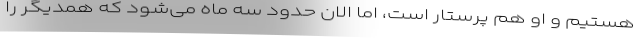
هستیم و او هم پرستار است، اما الان حدود سه ماه می‌شود که همدیگر را